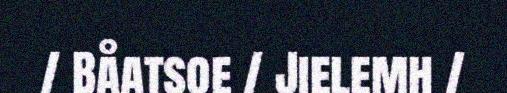
/ Båatsoe / Jielemh /